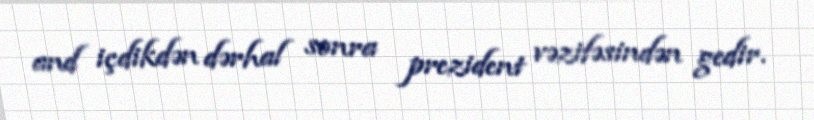
and içdikdən dərhal sonra prezident vəzifəsindən gedir.